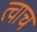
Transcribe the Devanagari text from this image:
त्वाच